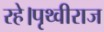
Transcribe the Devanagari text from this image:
रहे।पृथ्वीराज